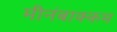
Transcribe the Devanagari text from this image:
मीनंबाक्कम